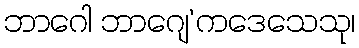
ဘာဂေါ ဘာဂျေ’ကဒေသေသု၊